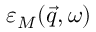
\varepsilon _ { M } ( \vec { q } , \omega )